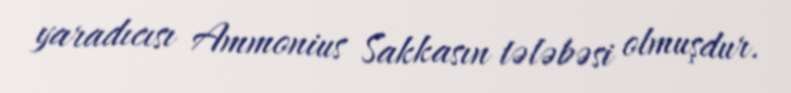
yaradıcısı Ammonius Sakkasın tələbəsi olmuşdur.